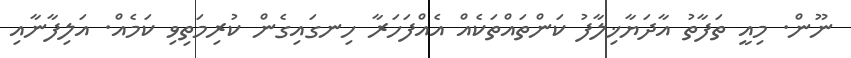
ނޫން. މިއީ ތަފާތު އާދަޔާޚިލާފު ކަންތައްތަކެއް އެއްފަހަރާ ހިނގައިގެން ކުރިމަތިވި ކަމެއް. އަލިފާނާއި